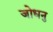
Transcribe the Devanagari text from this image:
जोधनु